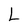
Character: L